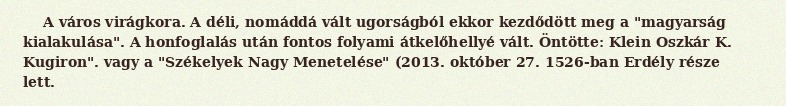
A város virágkora. A déli, nomáddá vált ugorságból ekkor kezdődött meg a "magyarság kialakulása". A honfoglalás után fontos folyami átkelőhellyé vált. Öntötte: Klein Oszkár K. Kugiron". vagy a "Székelyek Nagy Menetelése" (2013. október 27. 1526-ban Erdély része lett.